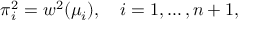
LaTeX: \pi _ { i } ^ { 2 } = w ^ { 2 } ( \mu _ { i } ) , \quad i = 1 , \ldots , n + 1 ,